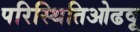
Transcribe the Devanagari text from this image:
परिस्थितिओढवू